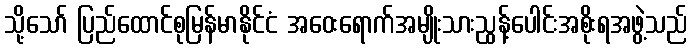
သို့သော် ပြည်ထောင်စုမြန်မာနိုင်ငံ အဝေးရောက်အမျိုးသားညွန့်ပေါင်းအစိုးရအဖွဲ့သည်